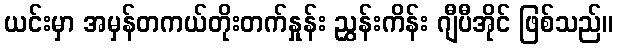
ယင်းမှာ အမှန်တကယ်တိုးတက်နှုန်း ညွှန်းကိန်း ဂျီပီအိုင် ဖြစ်သည်။